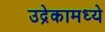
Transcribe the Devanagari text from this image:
उद्रेकामध्ये